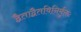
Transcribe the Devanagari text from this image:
द्वैताद्वैतविनिर्मुक्तः